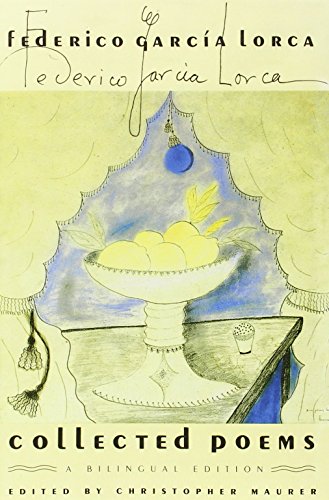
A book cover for The Collected Poems: A Bilingual Edition (Revised); Federico GarcÃ­a Lorca; Politics & Social Sciences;